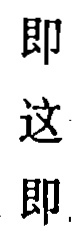
即

这

即